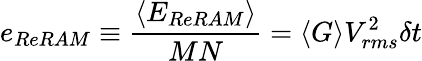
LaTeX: e_{ReRAM}\equiv\frac{\langle E_{ReRAM}\rangle}{MN}=\langle G\rangle V_{rms}^{2}\delta t